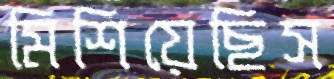
মিশিয়েছিস